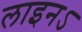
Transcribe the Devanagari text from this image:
लाइनऽ